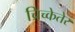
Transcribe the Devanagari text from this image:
च्रिच्केतेर